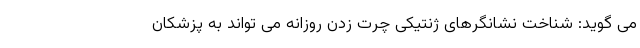
می گوید: شناخت نشانگرهای ژنتیکی چرت زدن روزانه می تواند به پزشکان